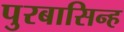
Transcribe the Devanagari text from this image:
पुरबासिन्ह